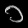
Digit: ၁